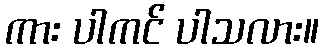
ကား ပါကင် ပါသလား။